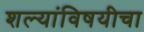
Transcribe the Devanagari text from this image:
शल्यांविषयीचा